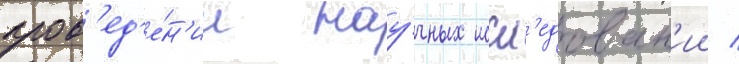
пров'ед'е́н'ии нау́чных иссл'едован'ии /